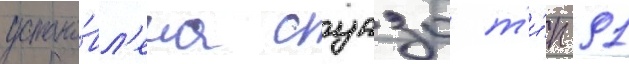
устано́вл'ена суазо т'и́п 91